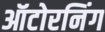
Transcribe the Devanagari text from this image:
ऑटोरनिंग